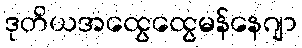
ဒုတိယအထွေထွေမန်နေဂျာ